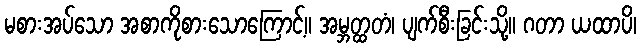
မစားအပ်သော အစာကိုစားသောကြောင့်။ အမ္ဘတ္ထတံ၊ ပျက်စီးခြင်းသို့။ ဂတာ ယထာပိ၊